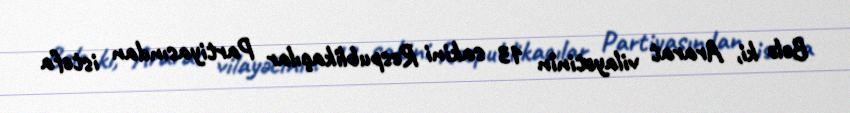
Belə ki, Ararat vilayətinin 13 sakini Respublikaçılar Partiyasından istefa